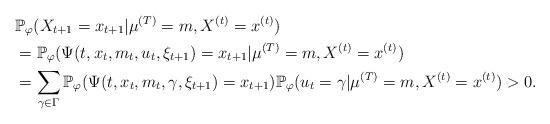
LaTeX: \begin{align*}& \mathbb{P}_\varphi (X_{t+1}=x_{t+1} | \mu^{(T)} =m, X^{(t)}=x^{(t)}) \\& = \mathbb{P}_\varphi(\Psi(t,x_{t},m_t,u_t,\xi_{t+1})=x_{t+1} | \mu^{(T)} =m, X^{(t)}=x^{(t)})\\ & = \sum_{\gamma \in \Gamma}\mathbb{P}_\varphi(\Psi(t,x_{t},m_t,\gamma,\xi_{t+1})=x_{t+1})\mathbb{P}_\varphi(u_t=\gamma | \mu^{(T)} =m, X^{(t)}=x^{(t)}) >0.\end{align*}